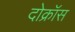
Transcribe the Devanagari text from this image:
दोक्रॉस